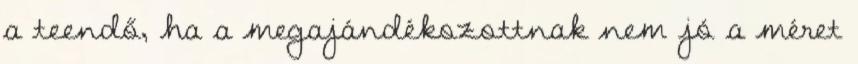
a teendő, ha a megajándékozottnak nem jó a méret